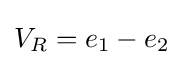
V_{R}=e_{1}-e_{2}